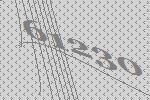
61230